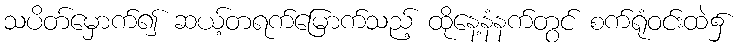
သပိတ်မှောက်၍ ဆယ့်တရက်မြောက်သည့် ထိုနေ့နံနက်တွင် စက်ရုံဝင်းထဲ၌